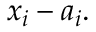
x _ { i } - a _ { i } .